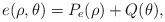
LaTeX: \begin{align*}e(\rho,\theta)=P_e(\rho) + Q(\theta),\end{align*}